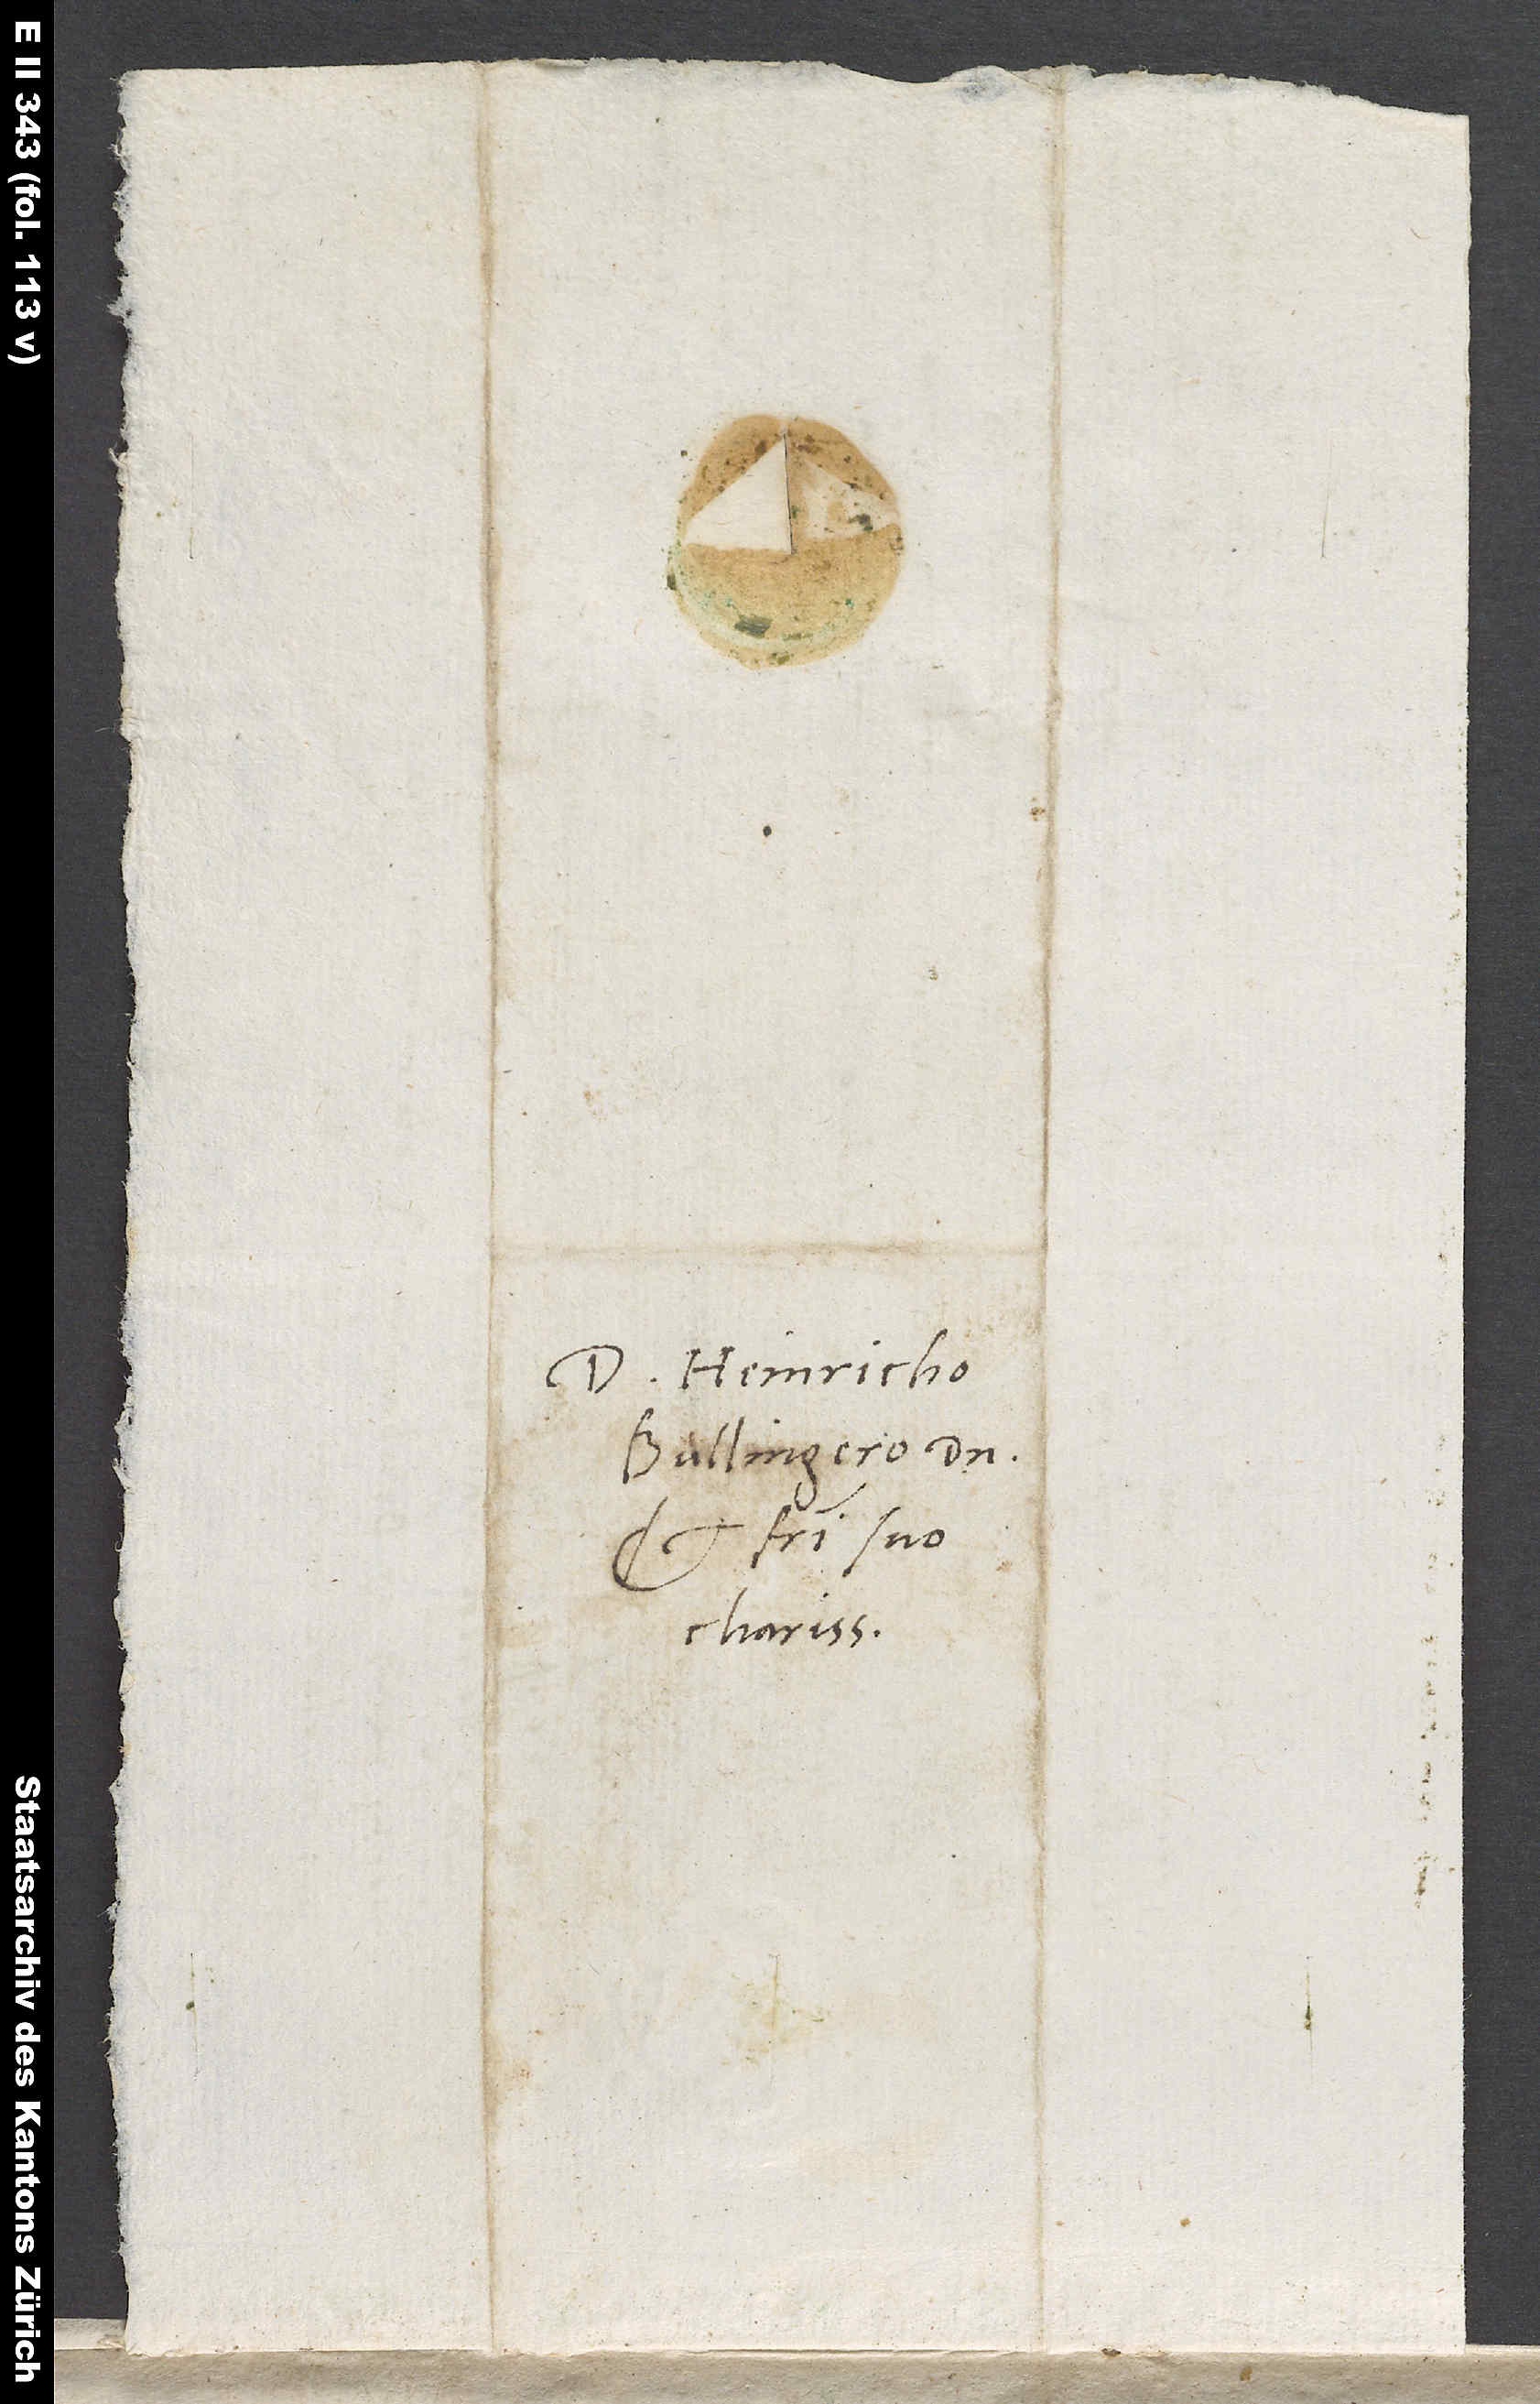
Domino Heinricho
Bullingero, domino
et fratri suo
charissimo.